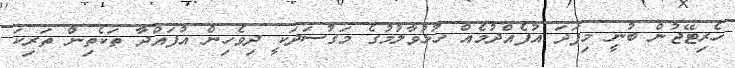
ހެރިޓޭޖުން ބުނީ މިފަދަ އުފެއްދުމެއް ހުޅުވާލުމުގެ މަގުސަދަކީ ދިވެހިން އުފައްދާ ތަކެތިން ތަރިކަ